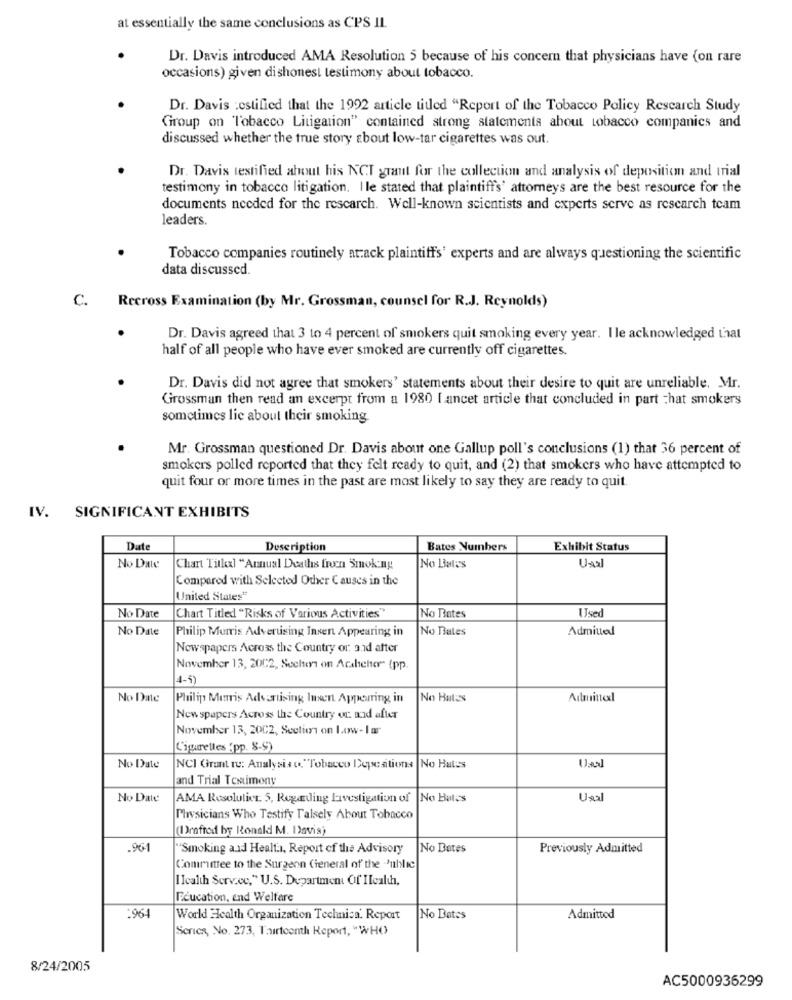
at essentially the same conclusions as CPS IL.
Dr. Davis introduced AMA Resolution 5 because of his concern that physicians have (on rare
occasions) given dishonest testimony about tobacco.
Dr. Davis :estified that the 1992 article titled "Report of the Tobacco Policy Research Study
Group on Tobacco Litigation" contained strong statements about tobacco companies and
discussed whether the true story about low-tar cigarettes was out.
Dr. Davis testified about his NCT grant for the collection and analysis of deposition and trial
testimony in tobacco litigation. I le stated that plaintiff's' attorneys are the best resource for the
documents needed for the rescarch. Well-known scientists and experts serve as research team
leaders.
Tobacco companies routinely arack plaintiffs' experts and are always questioning the scientific
data discussed.
C.
Recross Examination (by Mr. Grossman, counsel for R.J. Reynolds)
Dr. Davis agreed that 3 to 4 percent of smokers quit smoking every year. Ile acknowledged that
half of all people who have ever smoked are currently off cigarettes.
Dr. Davis did not agree that smokers' statements about their desire to quit are unreliable. Mr.
Grossman then read an excerpt from a 1980 I ancet article that concluded in part chat smokers
sometimes lie about their smoking
Mr. Grossman questioned Dr. Davis about one Gallup poll's conclusions (1) that 36 percent of
smokers polled reported that they felt ready to quit, and (2) that smokers who have attempted to
quit four or more times in the past are most likely to say they are ready to quit.
IV. SIGNIFICANT EXHIBITS
Date
Description
Bates Numbers
Exhibit Status
No Date
Chart Titlexl "Annual Deaths fren Smoking
No Bates
U-sal
Compared with Selected Other Causes in the
United States"
Used
No Date
Chart Titled "Risks of Various Activities"
No Bates
No Date
Philip Morris Adverusing Insert Appearing in
No Bates
Admitted
Newspapers Across the Country or and after
November 13, 20C2, Seelton on Acabeher" (pp.
4-5)
No Date
Philip Morris Advertising Insert Apperring in
No Hates
Admintext
Newspapers Across the Country or: and after
November 13, 2002, Section on low- I ar
Cigarettes (pp. 8-9)
No Date
NCI Grant tu: Analysis co. "Tobacco Depeations No Hates
and Trial Testimony
No Date
AMA Resolutiet. 5, Regarding Investigation of No Bates
Unal
Physicians Who Testify Talsely About Tobacco
Drafrod by Ronald M. Davis)
.961
"Smoking and Healt.1, Report of the Advisory
No Dates
Previously Admitted
Committee to the Surgeon General of the "Public
I Icalth Serv.cc," U.S. Department Of Health,
Education, end Welfare
.964
World Health Organization Technica. Report
No Bates
Admitted
Series, No. 273, Thirteenth Report, "WHO
8/24/2005
AC5000936299